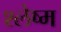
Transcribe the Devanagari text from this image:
श्‍लेष्‍म